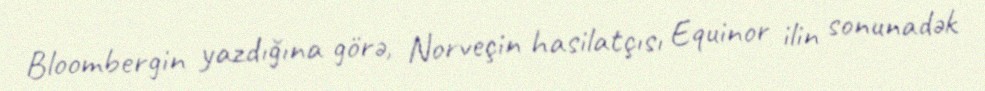
Bloombergin yazdığına görə, Norveçin hasilatçısı Equinor ilin sonunadək